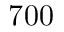
7 0 0